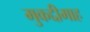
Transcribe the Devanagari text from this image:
मुकद्दीमाह